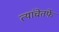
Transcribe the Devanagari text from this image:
त्यांचेतर्फे